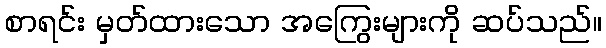
စာရင်း မှတ်ထားသော အကြွေးများကို ဆပ်သည်။